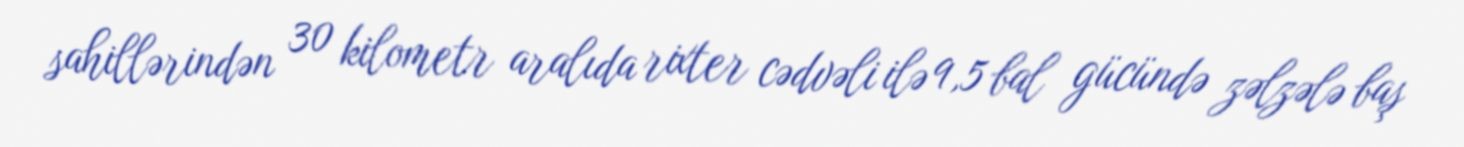
sahillərindən 30 kilometr aralıda rixter cədvəli ilə 9,5 bal gücündə zəlzələ baş